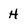
Character: H